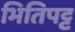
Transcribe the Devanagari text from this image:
भितिपट्ट